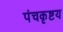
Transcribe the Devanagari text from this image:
पंचकृष्टय